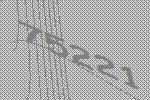
75221